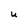
Character: U